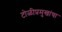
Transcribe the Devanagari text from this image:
टोळीप्रमुखांचा